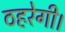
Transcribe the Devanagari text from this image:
ठहरेगी।